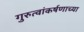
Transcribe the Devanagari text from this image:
गुरुत्वांकर्षणाच्या